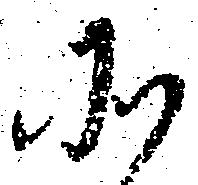
そ